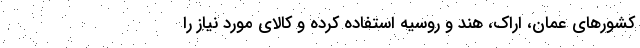
کشورهای عمان، اراک، هند و روسیه استفاده کرده و کالای مورد نیاز را